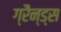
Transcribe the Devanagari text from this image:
ग्रैन्ड्स